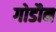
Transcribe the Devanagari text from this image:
गोडौन